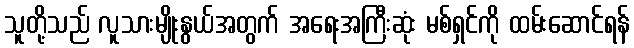
သူတို့သည် လူသားမျိုးနွယ်အတွက် အရေးအကြီးဆုံး မစ်ရှင်ကို ထမ်းဆောင်ရန်